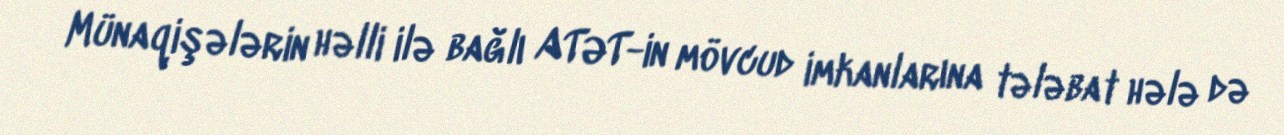
Münaqişələrin həlli ilə bağlı ATƏT-in mövcud imkanlarına tələbat hələ də